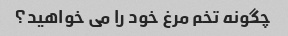
چگونه تخم مرغ خود را می خواهید؟